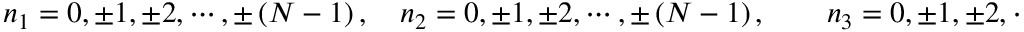
n _ { 1 } = 0 , \pm 1 , \pm 2 , \cdots , \pm \left( N - 1 \right) , \quad n _ { 2 } = 0 , \pm 1 , \pm 2 , \cdots , \pm \left( N - 1 \right) , \qquad n _ { 3 } = 0 , \pm 1 , \pm 2 , \cdots , \pm \left( N - 1 \right)